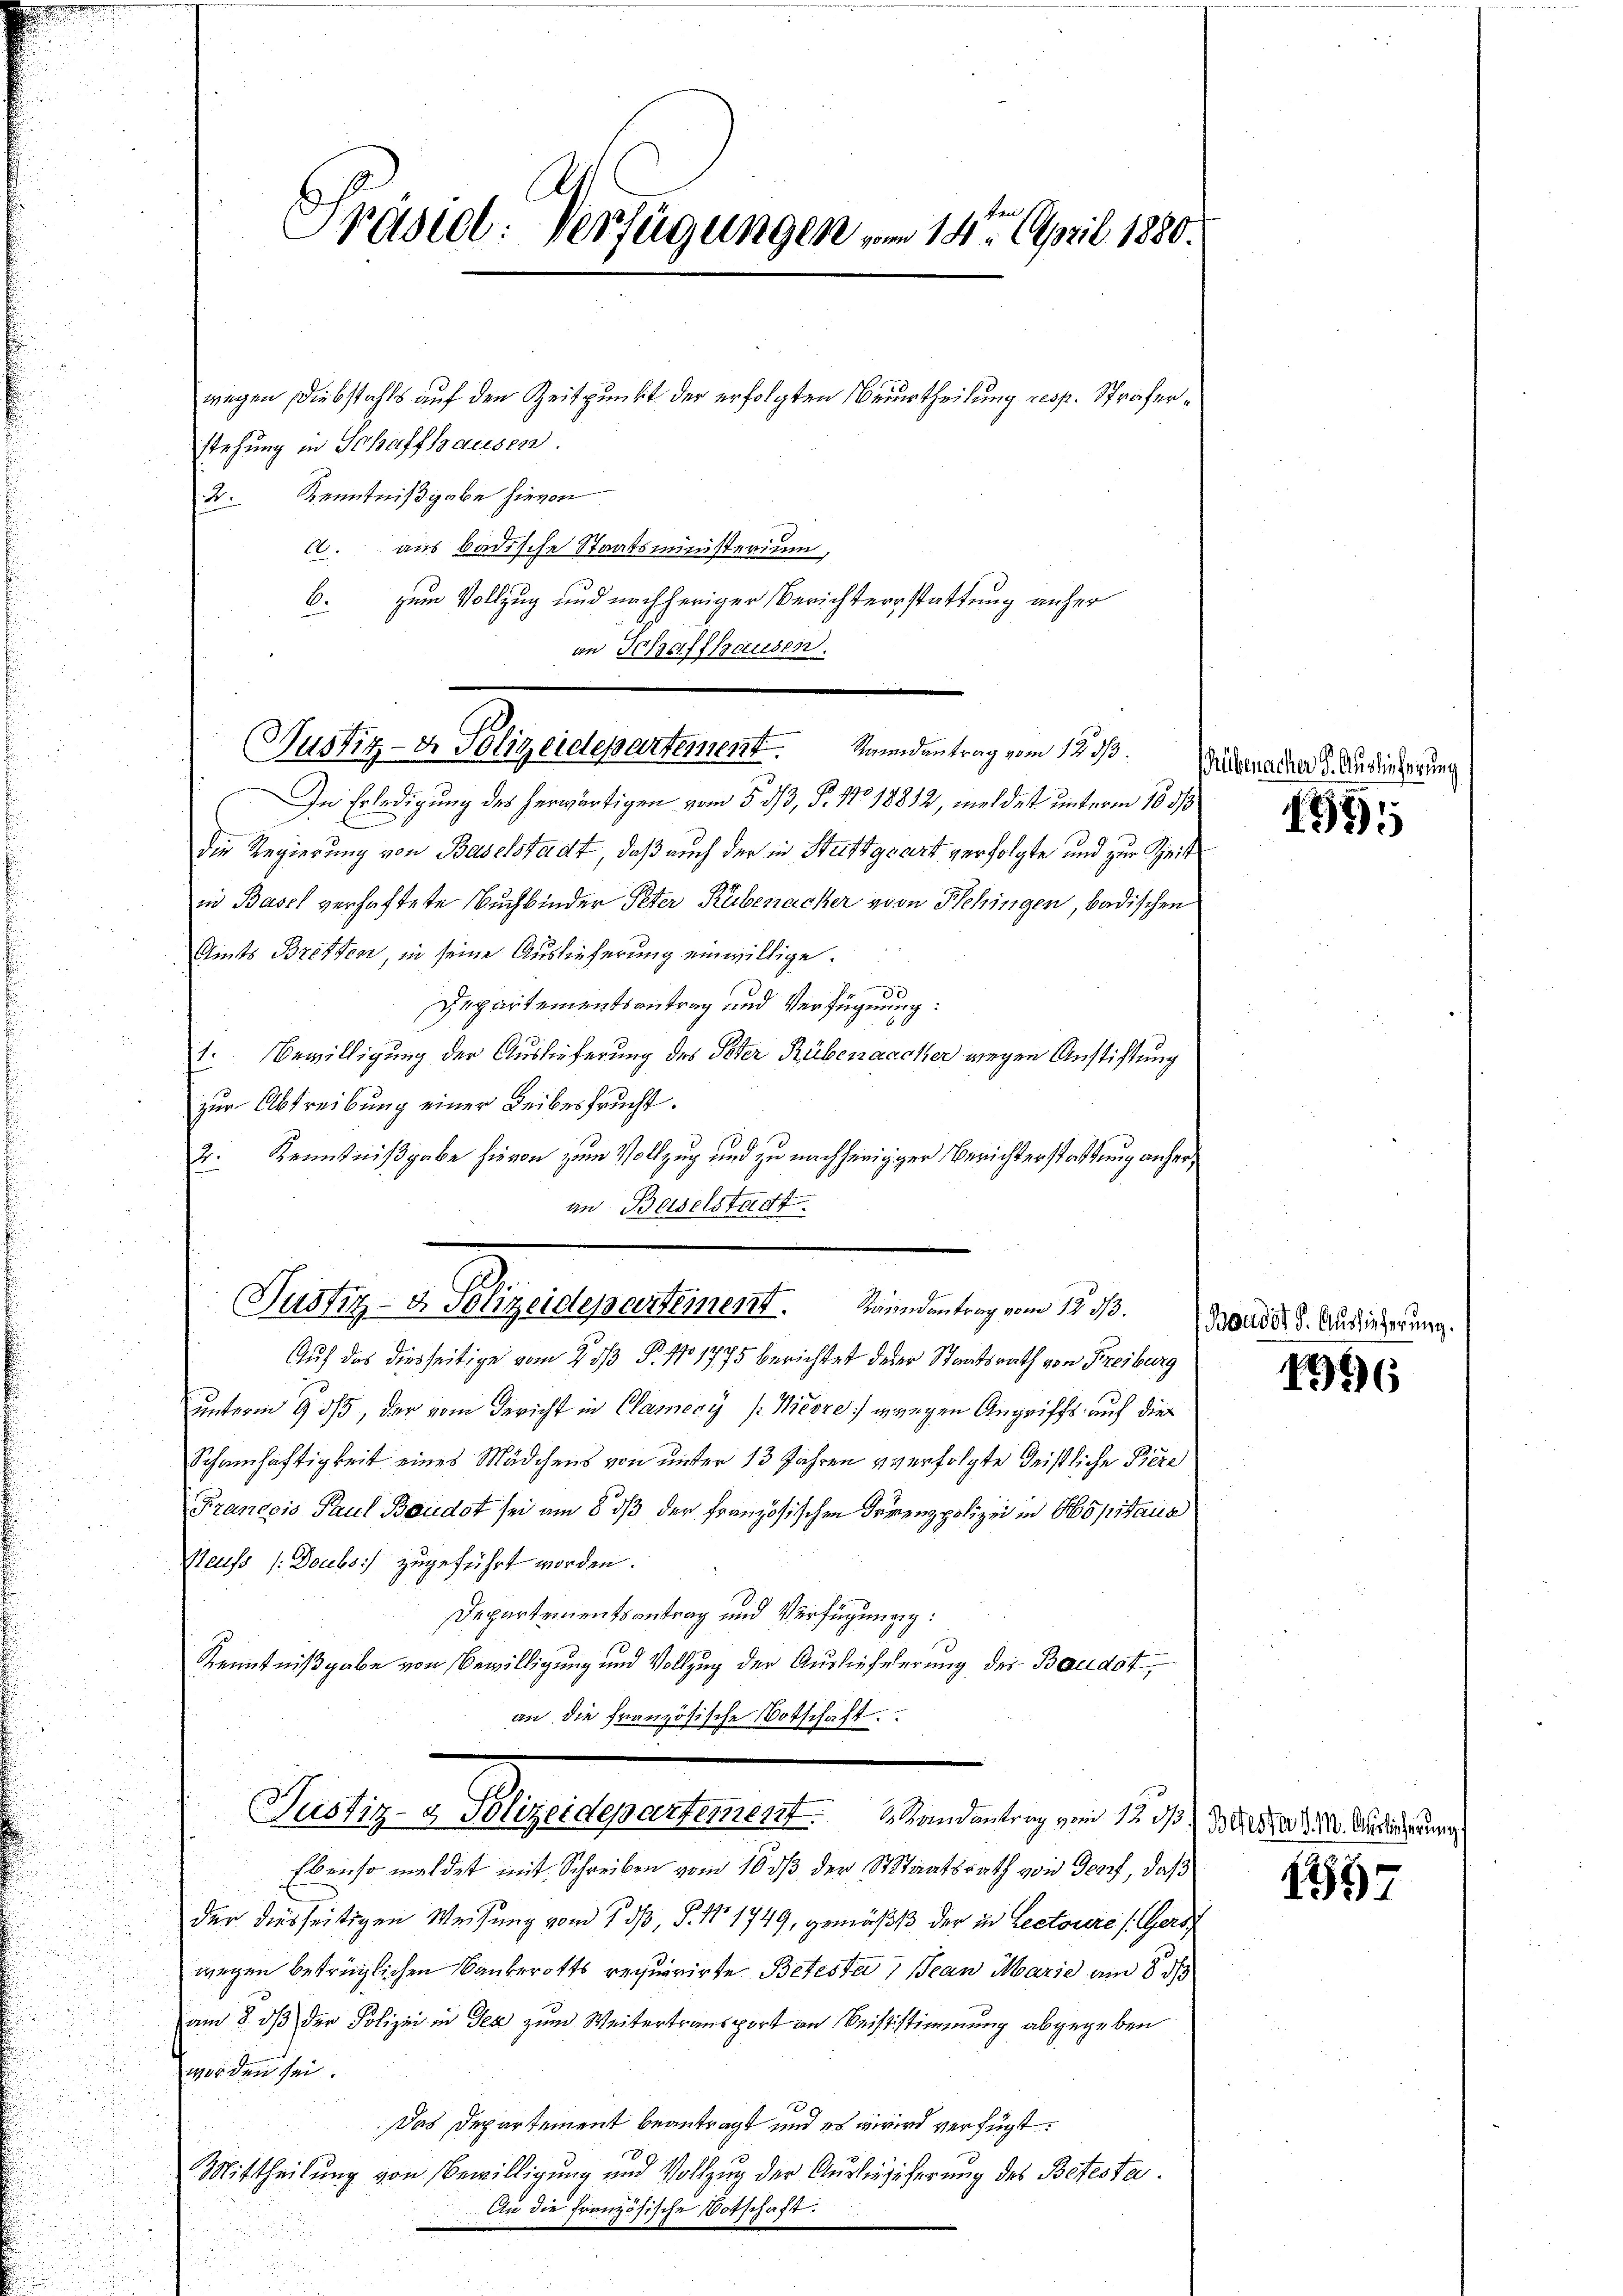
A
Ppäsiel: Verfügungen vom 14ten April 1880.

stehung in Schaffhausen.
2. Kenntnißgabe hievon
c. aus badische Staatsministerium,
b. zum Vollzug und nachheriger Berichterstattung anher
an Schaffhausen.

wiegen Diebstahls auf den Zeitpunkt der erfolgten Beurtheilung resp. Strafer¬

In Erledigung des herwärtigen vom 5. dß, P. No 18882, meldet unterm 10 3/3
die Regierung von Baselstadt, daß auch der in Stuttgart verfolgte und zur Zeit
in Basel verhaftete Buchbinder Peter Rubenacker von Schingen, badischen
Aints Bretten, in seine Auslieferung einwillige.
x
Departementsantrag und Verfügung:
Bewilligung der Auslieferung des Peter Rübenaacker wegen Anstiftung
zŭr Abtreibung einer Leibesfrucht.
2: Kenntnißgabe hievon zum Vollzug und zu nachherigger Berichterstattung anheran Beiselstadt

Auf das diesseitige vom 2. ds P. 101775 berichtet deser Staatsrath von Freiburg
unterm 9. ds, der vom Gericht in Camery /: Nicore gangen Angriffs auf die
Schamhaftigkeit eines Mädchens von unter 13 Jahren verfolgte Geistliche Piere
Francois Paul Baudot sei am 8. ds der Französischen Irrenzpolizei in Hopitaus
Reuss /:Doubs zugeführt worden.
Departementsantrag und Verfügung:
Kenntnißgabe von Bewilligung und Vollzug der Auslieferung der Baudot,
an die französische Botschaft
Puely v. Augenpartengest. Wendentingen auch in seinereinsen
Ebenso meldet mit Schreiben vom 10. ds der Staatsrath von Genf, daß
der diesseitigen Weisung vom 7. dβ, P. Nr. 1749, gemäß der in Lectorere (Gers
wegen betrüglichen Bankerotts requirirte Betesta) Jean Marie am 8. ds
am 8. dß der Polizei in der zum Weitertransport an Beististimmung abgegeben
worden sei.
Das Departement beantragt und es wird verfügt:
Mittheilung von Bewilligung und Vollzug der Ausbiegierung des Betesta
An die französische Votschaft.

(Justiz- & Polizeidepartement. Randantrag vom 12. ds.

Justiz- & Polizeidepartement. Kanndantrag vom 12. 313.

Rübenac

195

Baudat P. Auslieferung.

1396

1397

S. Auslieferung